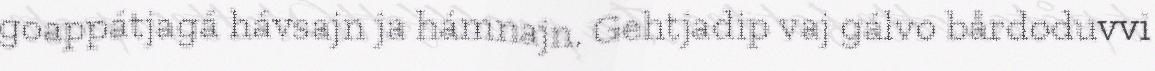
goappátjagá hávsajn ja hámnajn. Gehtjadip vaj gálvo bårdoduvvi